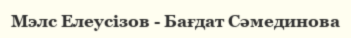
Мэлс Елеусізов - Бағдат Сәмединова